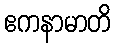
ဧကနာမာတိ